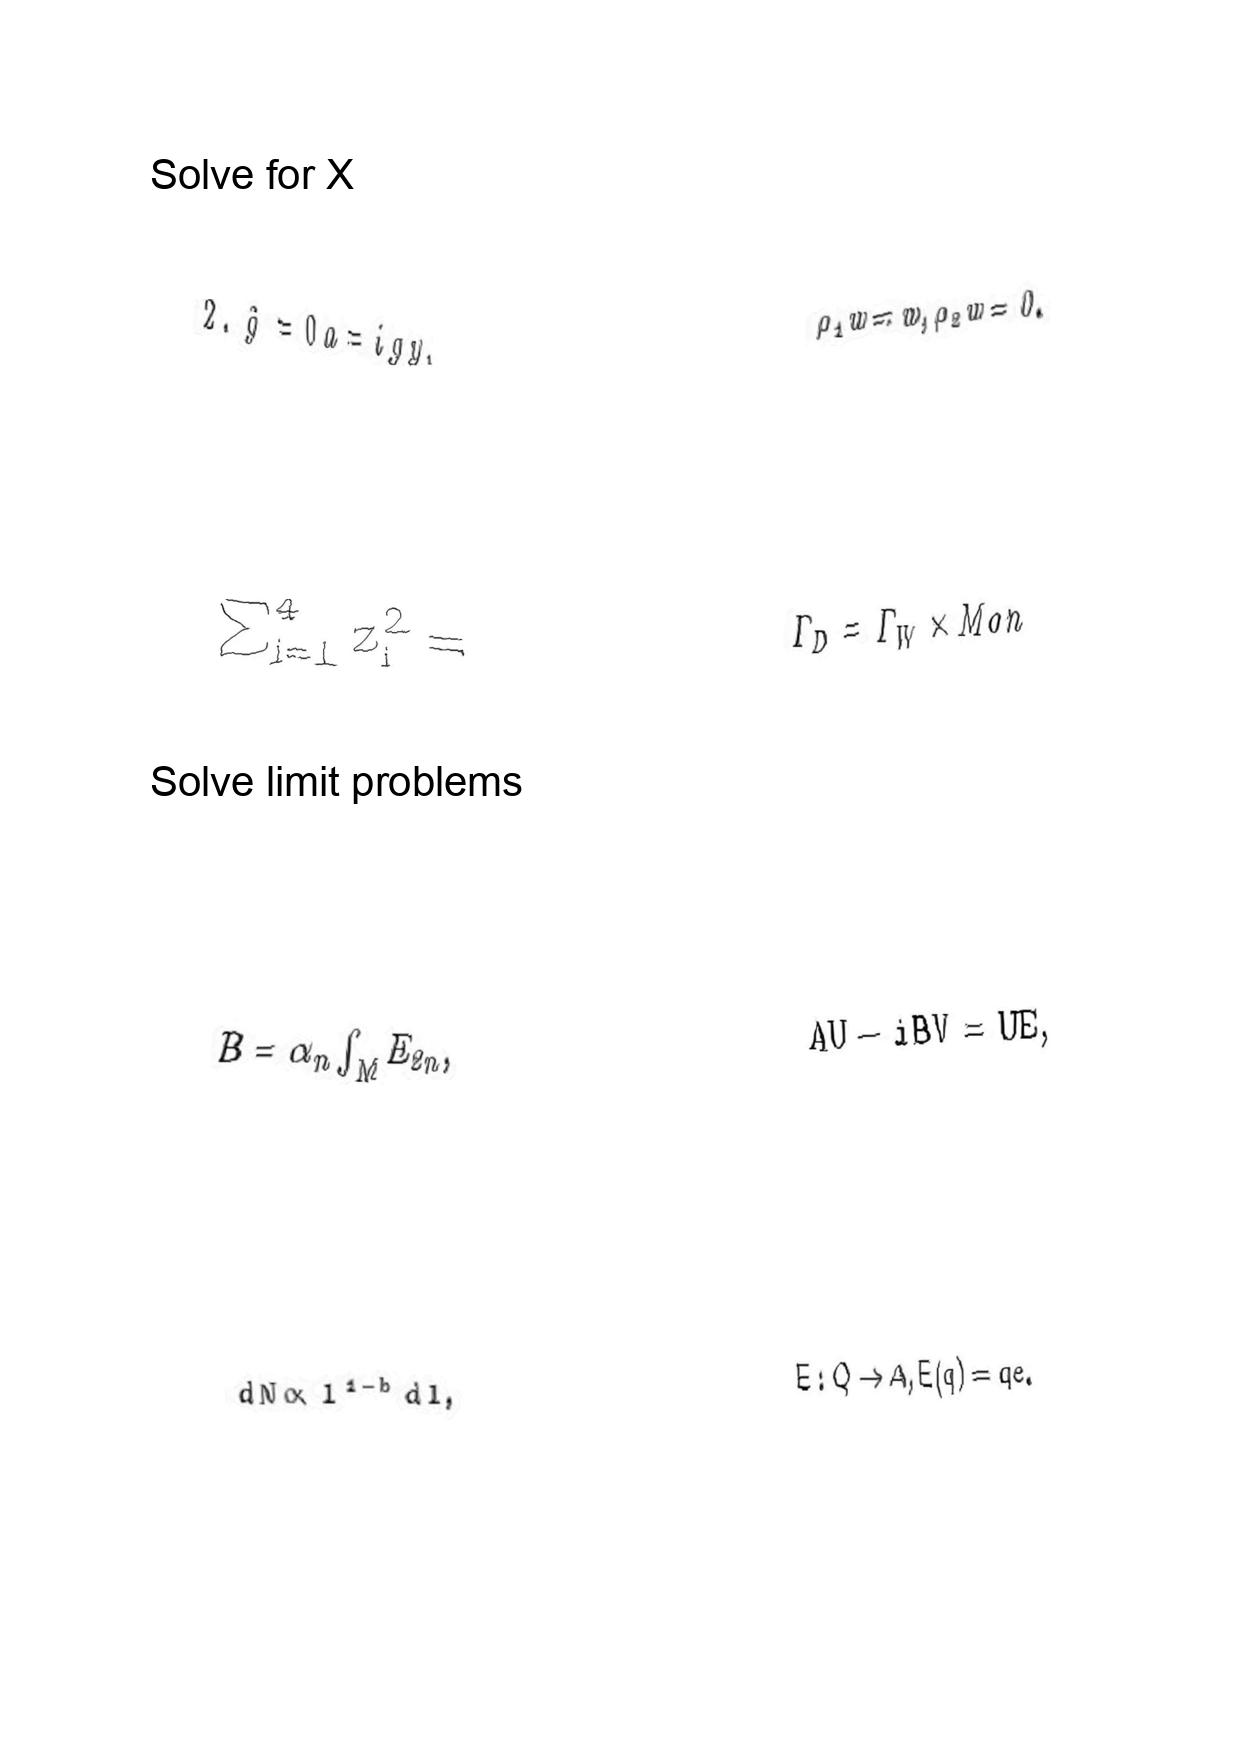
LaTeX transcription:
2 . \hat { g } = 0 a = i g y ,
\sum _ { i = 1 } ^ { 4 } z _ { i } ^ { 2 } =
B = \alpha _ { n } \int _ { M } E _ { 2 n } ,
d N \propto l ^ { 1 - b } d l ,
\rho _ { 1 } w = w , \rho _ { 2 } w = 0 .
\Gamma _ { D } = \Gamma _ { W } \times M o n
A U - i B V = U E ,
E : Q \to A , E \lparen q \rparen = q e .